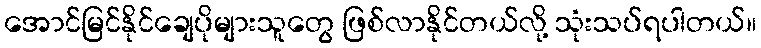
အောင်မြင်နိုင်ချေပိုများသူတွေ ဖြစ်လာနိုင်တယ်လို့ သုံးသပ်ရပါတယ်။